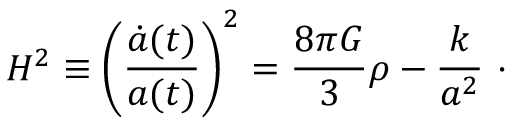
H ^ { 2 } \equiv \left( \frac { \dot { a } ( t ) } { a ( t ) } \right) ^ { 2 } = \frac { 8 \pi G } { 3 } \rho - \frac { k } { a ^ { 2 } } ~ \cdot